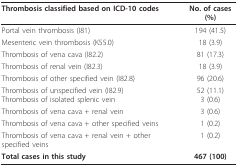
<table><thead><tr><td><b>Thrombosis classified based on ICD-10 codes</b></td><td><b>No. of cases (%)</b></td></tr></thead><tbody><tr><td>Portal vein thrombosis (I81)</td><td>194 (41.5)</td></tr><tr><td>Mesenteric vein thrombosis (K55.0)</td><td>18 (3.9)</td></tr><tr><td>Thrombosis of vena cava (I82.2)</td><td>81 (17.3)</td></tr><tr><td>Thrombosis of renal vein (I82.3)</td><td>18 (3.9)</td></tr><tr><td>Thrombosis of other specified vein (I82.8)</td><td>96 (20.6)</td></tr><tr><td>Thrombosis of unspecified vein (I82.9)Thrombosis of isolated splenic vein</td><td>52 (11.1)3 (0.6)</td></tr><tr><td>Thrombosis of vena cava + renal vein</td><td>3 (0.6)</td></tr><tr><td>Thrombosis of vena cava + other specified veins</td><td>1 (0.2)</td></tr><tr><td>Thrombosis of vena cava + renal vein + other specified veins</td><td>1 (0.2)</td></tr><tr><td><b>Total cases in this study</b></td><td><b>467 (100)</b></td></tr></tbody></table>